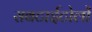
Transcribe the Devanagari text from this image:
सबटाईटोलों